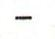
-